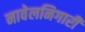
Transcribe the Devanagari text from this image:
नावेलनिगारी